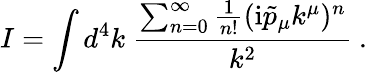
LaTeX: I=\int d^{4}k\; \frac{\sum_{n=0}^{\infty}\frac{1}{n!}(\mathrm{i}\tilde{p}_{\mu}k^{\mu})^{n}}{k^{2}}~.